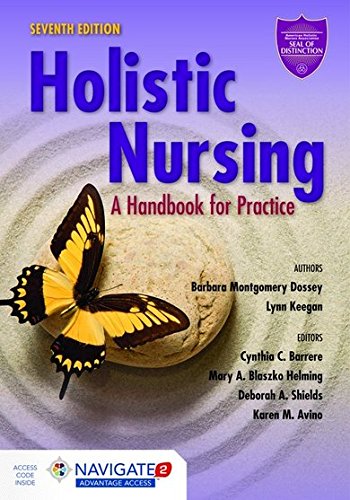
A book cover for Holistic Nursing: A Handbook for Practice; Barbara Montgomery Dossey; Health, Fitness & Dieting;